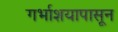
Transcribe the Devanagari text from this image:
गर्भाशयापासून